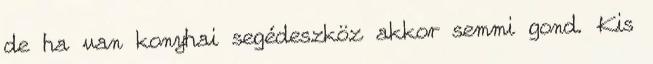
de ha van konyhai segédeszköz akkor semmi gond. Kis